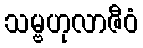
သမ္ဗဟုလာဇီဝံ